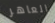
العاهر